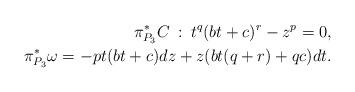
LaTeX: \begin{align*}\pi^*_{P_3}C\::\: t^q(bt+c)^r-z^p=0,\\\pi^*_{P_3}\omega=-pt(bt+c)dz+z(bt(q+r)+qc)dt.\end{align*}